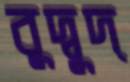
বুদ্বুদ্